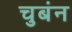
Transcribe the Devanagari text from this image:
चुबंन